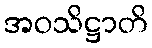
အဝသိဋ္ဌာတိ